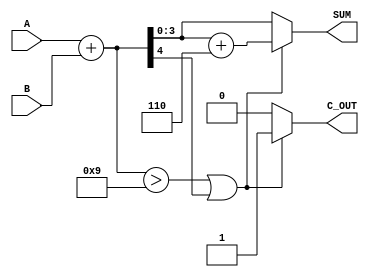
module bcd_adder (
    input  wire [3:0] A,      // First BCD digit
    input  wire [3:0] B,      // Second BCD digit
    output reg  [3:0] SUM,     // BCD sum result
    output reg        C_OUT     // Carry out signal
);

    wire [4:0] binary_sum;     // 5-bit wire to hold the binary sum
    wire       correction_needed; // Flag for correction

    // Perform binary addition
    assign binary_sum = A + B;

    // Determine if correction is needed
    assign correction_needed = (binary_sum > 9) || (binary_sum[4]); // Check if sum > 9 or if there's a carry from the addition

    // BCD correction and output assignment
    always @(*) begin
        if (correction_needed) begin
            SUM = binary_sum + 5'b00110; // Add 6 for BCD correction
            C_OUT = 1'b1;                 // Set carry out
        end else begin
            SUM = binary_sum[3:0];        // No correction needed, take lower 4 bits
            C_OUT = 1'b0;                  // No carry out
        end
    end

endmodule